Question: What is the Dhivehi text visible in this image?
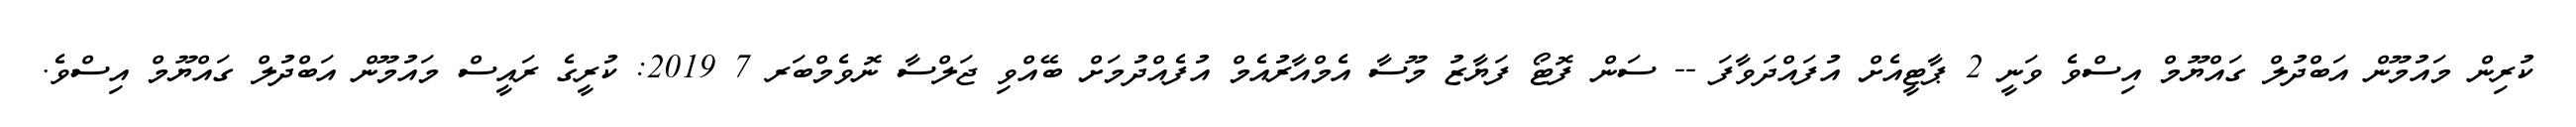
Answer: ކުރިން މައުމޫން އަބްދުލް ގައްޔޫމް އިސްވެ ވަނީ 2 ޕާޓީއެށް އުފައްދަވާފަ -- ސަން ފޮޓޯ ފަޔާޒު މޫސާ އެމްއާރުއެމް އުފެއްދުމަށް ބޭއްވި ޖަލްސާ ނޮވެމްބަރ 7 2019: ކުރީގެ ރައީސް މައުމޫން އަބްދުލް ގައްޔޫމް އިސްވެ.